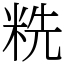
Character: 䊁